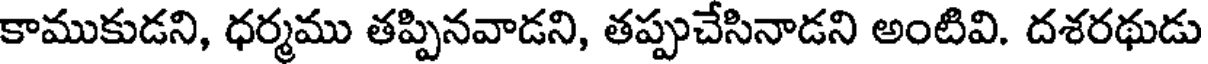
కాముకుడని, ధర్మము తప్పినవాడని, తప్పుచేసినాడని అంటివి. దశరథుడు